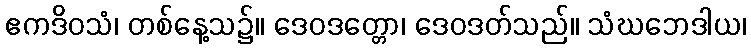
ဧကဒိဝသံ၊ တစ်နေ့သ၌။ ဒေဝဒတ္တော၊ ဒေဝဒတ်သည်။ သံဃဘေဒါယ၊